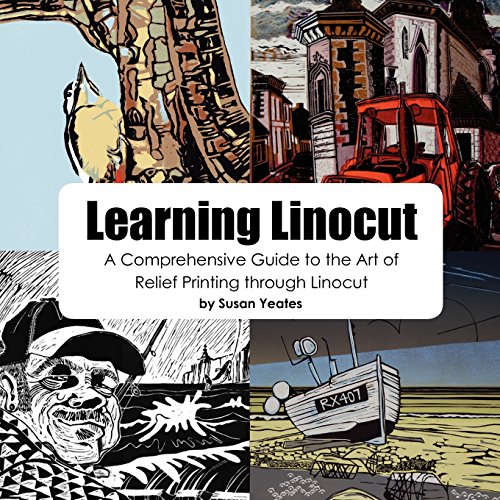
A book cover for Learning Linocut: A Comprehensive Guide to the Art of Relief Printing Through Linocut; Susan Yeates; Arts & Photography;